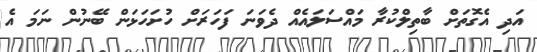
އަދި އެގޮތަށް ބާތިލްކުރާ މައްސަލައެއް ދެވަނަ ފަހަރަށް ހުށަހަޅަން ބޭނުން ނަމަ އެ